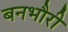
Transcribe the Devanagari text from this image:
बनभौरी